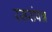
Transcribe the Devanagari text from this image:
रससंपन्न